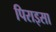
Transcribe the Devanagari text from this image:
पिराइसा